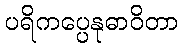
ပရိကပ္ပေနုဓာဝိတာ